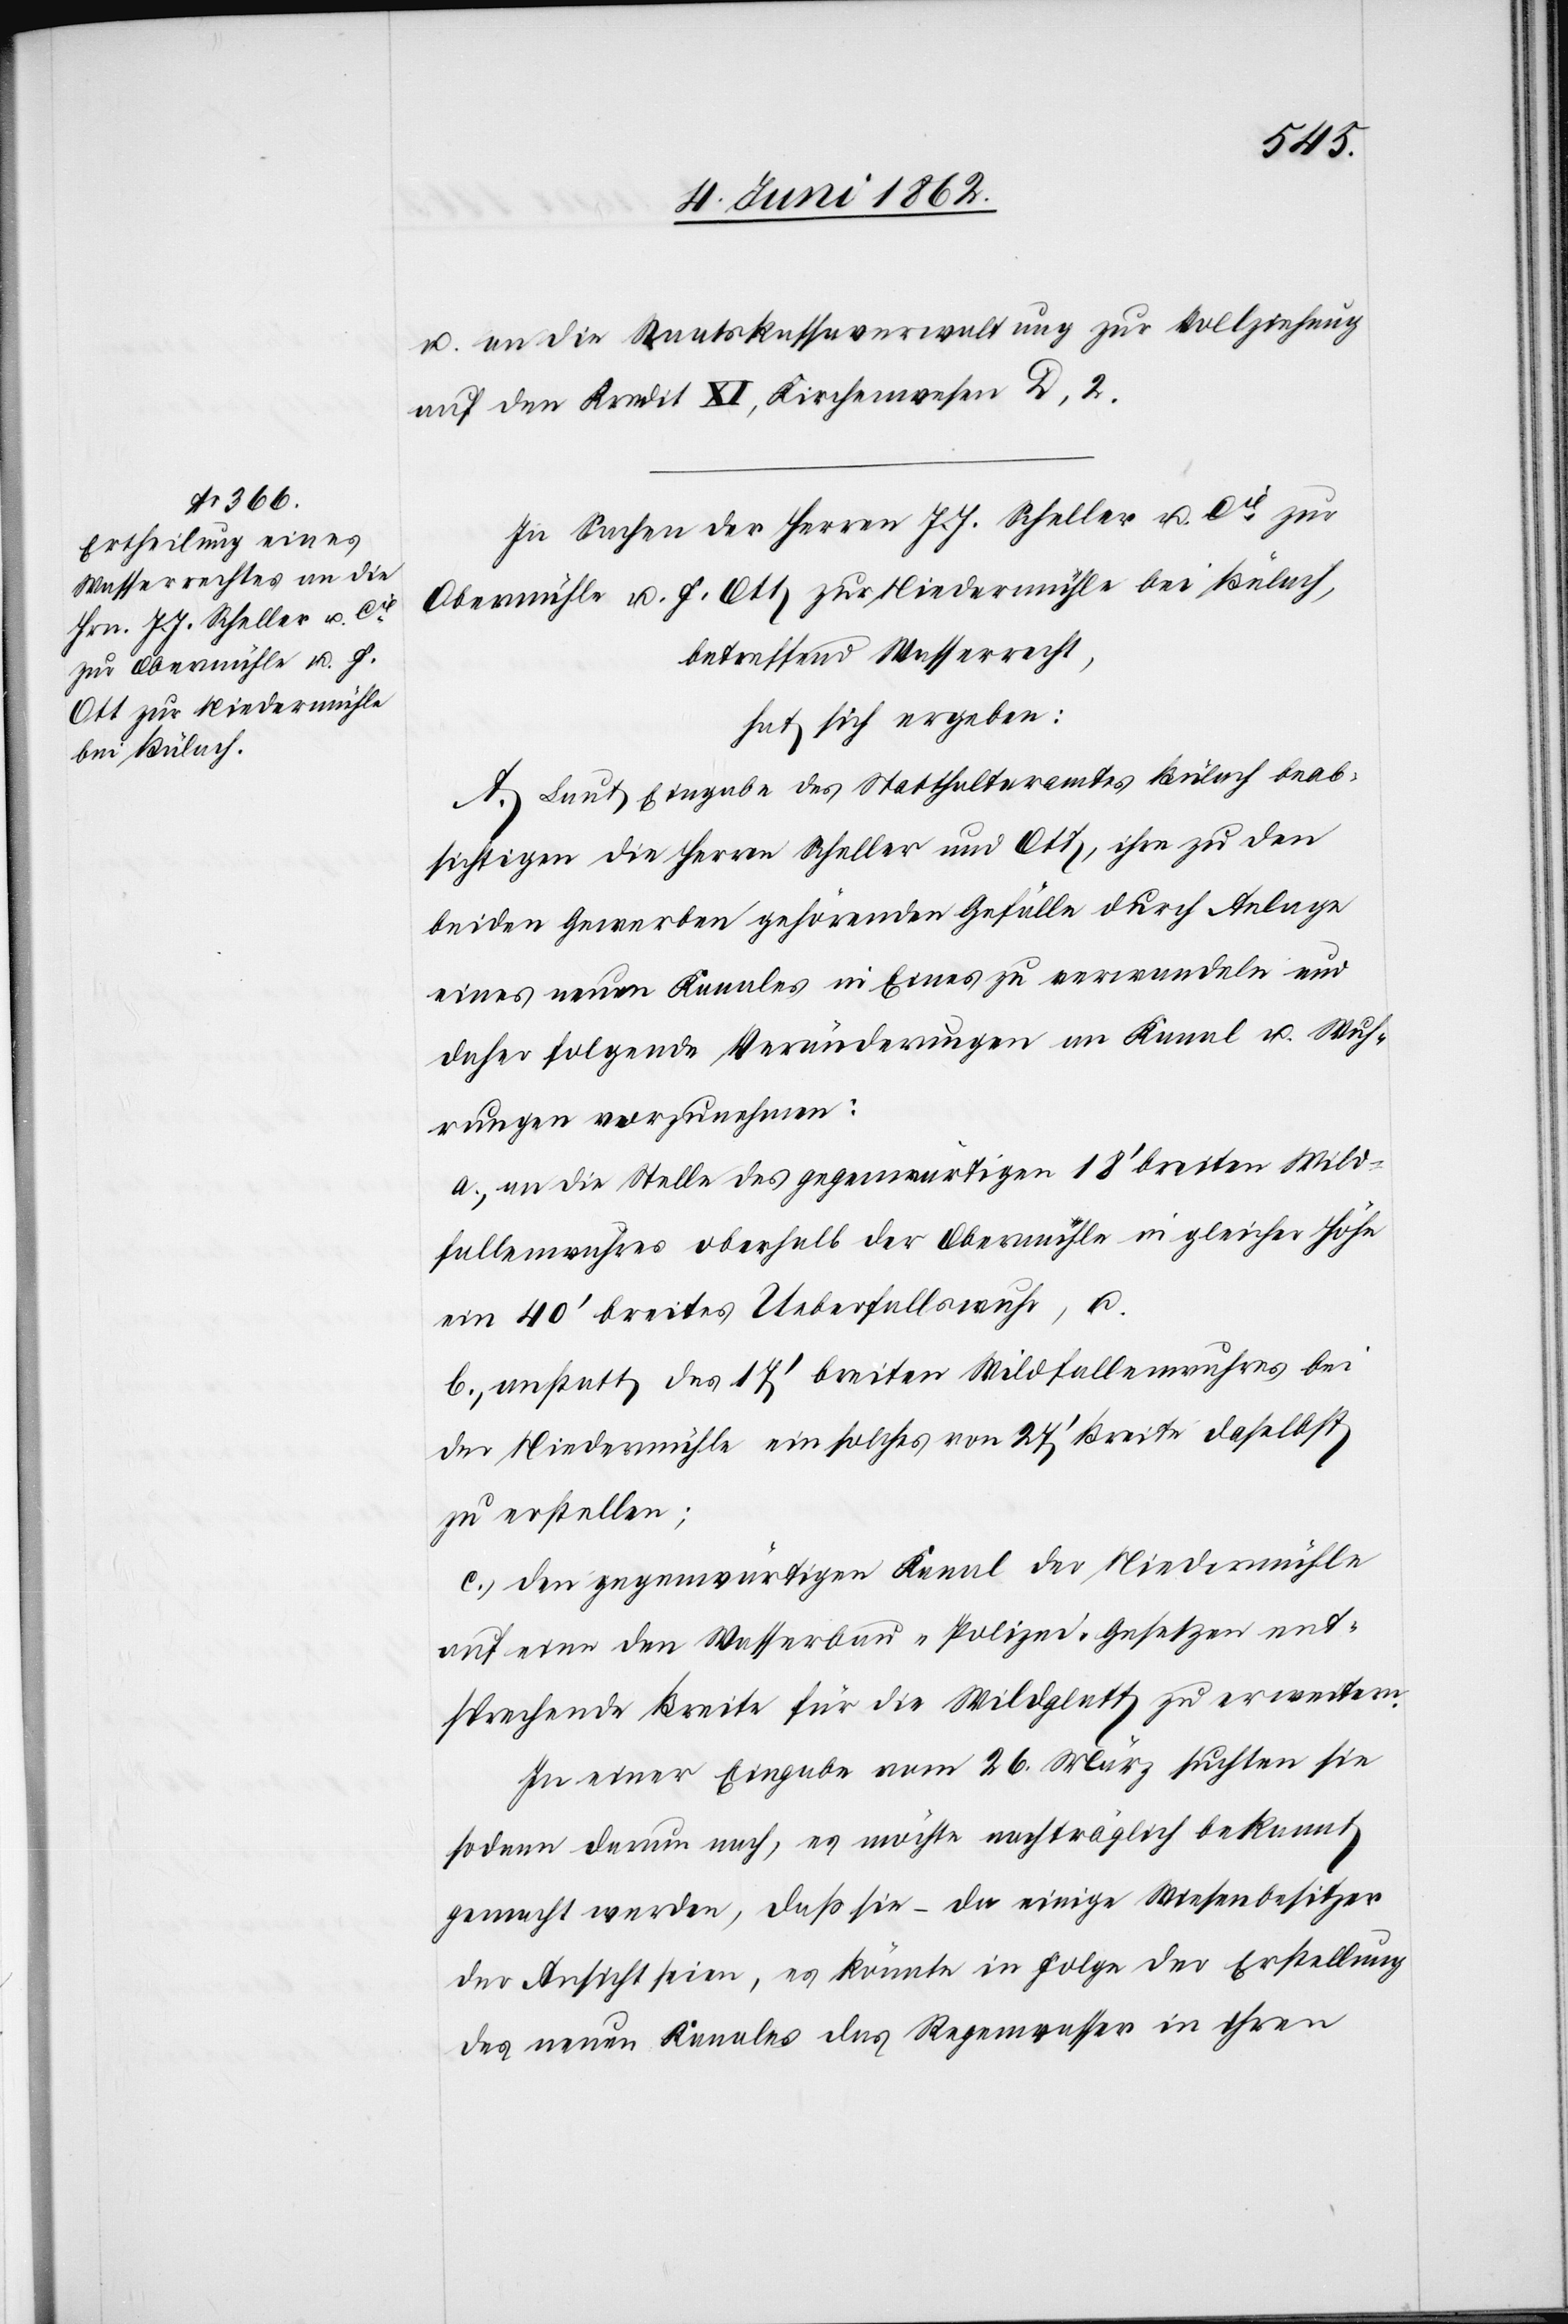
u. an die Staatskassaverwaltung zur Vollziehung
auf dem Kredit XI, Kirchenwesen D, 2.
In Sachen der Herren J. J. Scheller u. Cie zur
Obermühle u. F. Ott, zur Niedermühle bei Bülach,
betreffend Wasserrecht,
hat sich ergeben:
A. Laut Eingabe des Statthalteramtes Bülach beab¬
sichtigen die Herren Scheller und Ott, ihre zu den
beiden Gewerben gehörenden Gefälle durch Anlage
eines neuen Kanales in Eines zu verwandeln und
daher folgende Veränderungen an Kanal u. Wuh¬
rungen vorzubringen:
a) an die Stelle des gegenwärtigen 18’ breiten Wild¬
fallenwuhres oberhalb der Obermühle in gleicher Höhe
ein 40’ breites Ueberfallswuhr, u.
b) anstatt des 17’ breiten Wildfallenwuhres bei
der Niedermühle ein solches von 27’ Breite daselbst
zu erstellen;
c) den gegenwärtigen Kanal der Niedermühle
auf eine den Wasserbau-Polizei-Gesetzen ent¬
sprechende Breite für die Wildglatt zu erweitern.
In einer Eingabe vom 26. März suchten sie
sodann darum nach, es möchte nachträglich bekannt
gemacht werden, daß sie – da einige Wiesenbesitzer
der Ansicht seien, es könnte in Folge der Erstellung
des neuen Kanales das Regenwasser in ihren